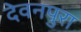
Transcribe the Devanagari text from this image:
देवनपुरा